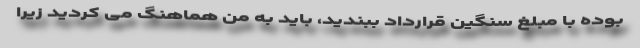
بوده با مبلغ سنگین قرارداد ببندید، باید به من هماهنگ می کردید زیرا